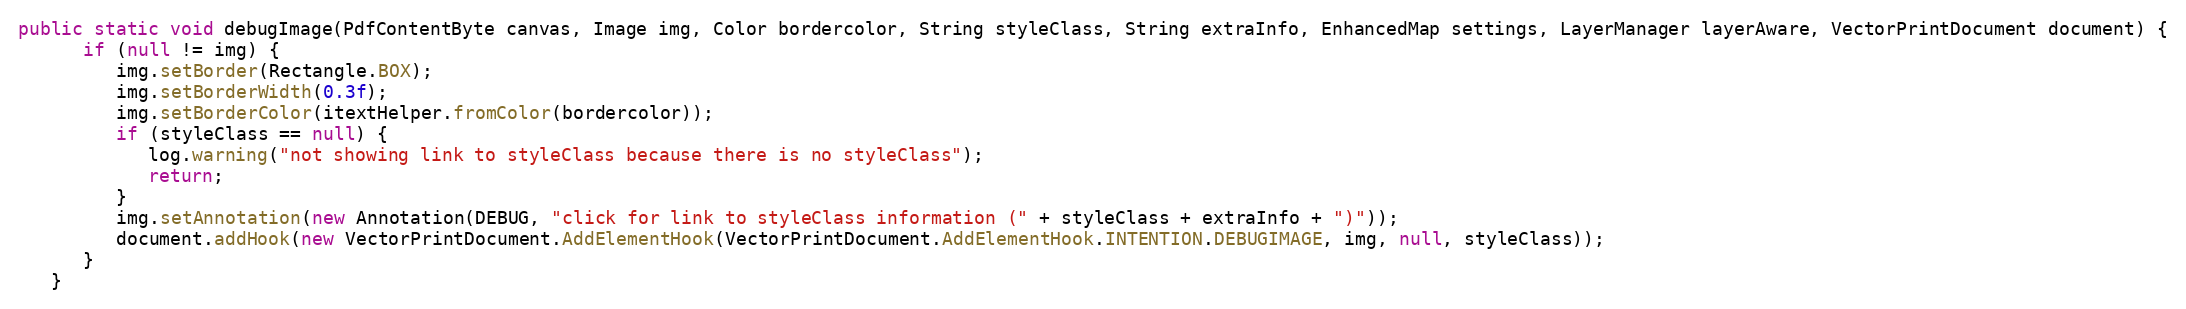
Language: Java
public static void debugImage(PdfContentByte canvas, Image img, Color bordercolor, String styleClass, String extraInfo, EnhancedMap settings, LayerManager layerAware, VectorPrintDocument document) {
      if (null != img) {
         img.setBorder(Rectangle.BOX);
         img.setBorderWidth(0.3f);
         img.setBorderColor(itextHelper.fromColor(bordercolor));
         if (styleClass == null) {
            log.warning("not showing link to styleClass because there is no styleClass");
            return;
         }
         img.setAnnotation(new Annotation(DEBUG, "click for link to styleClass information (" + styleClass + extraInfo + ")"));
         document.addHook(new VectorPrintDocument.AddElementHook(VectorPrintDocument.AddElementHook.INTENTION.DEBUGIMAGE, img, null, styleClass));
      }
   }